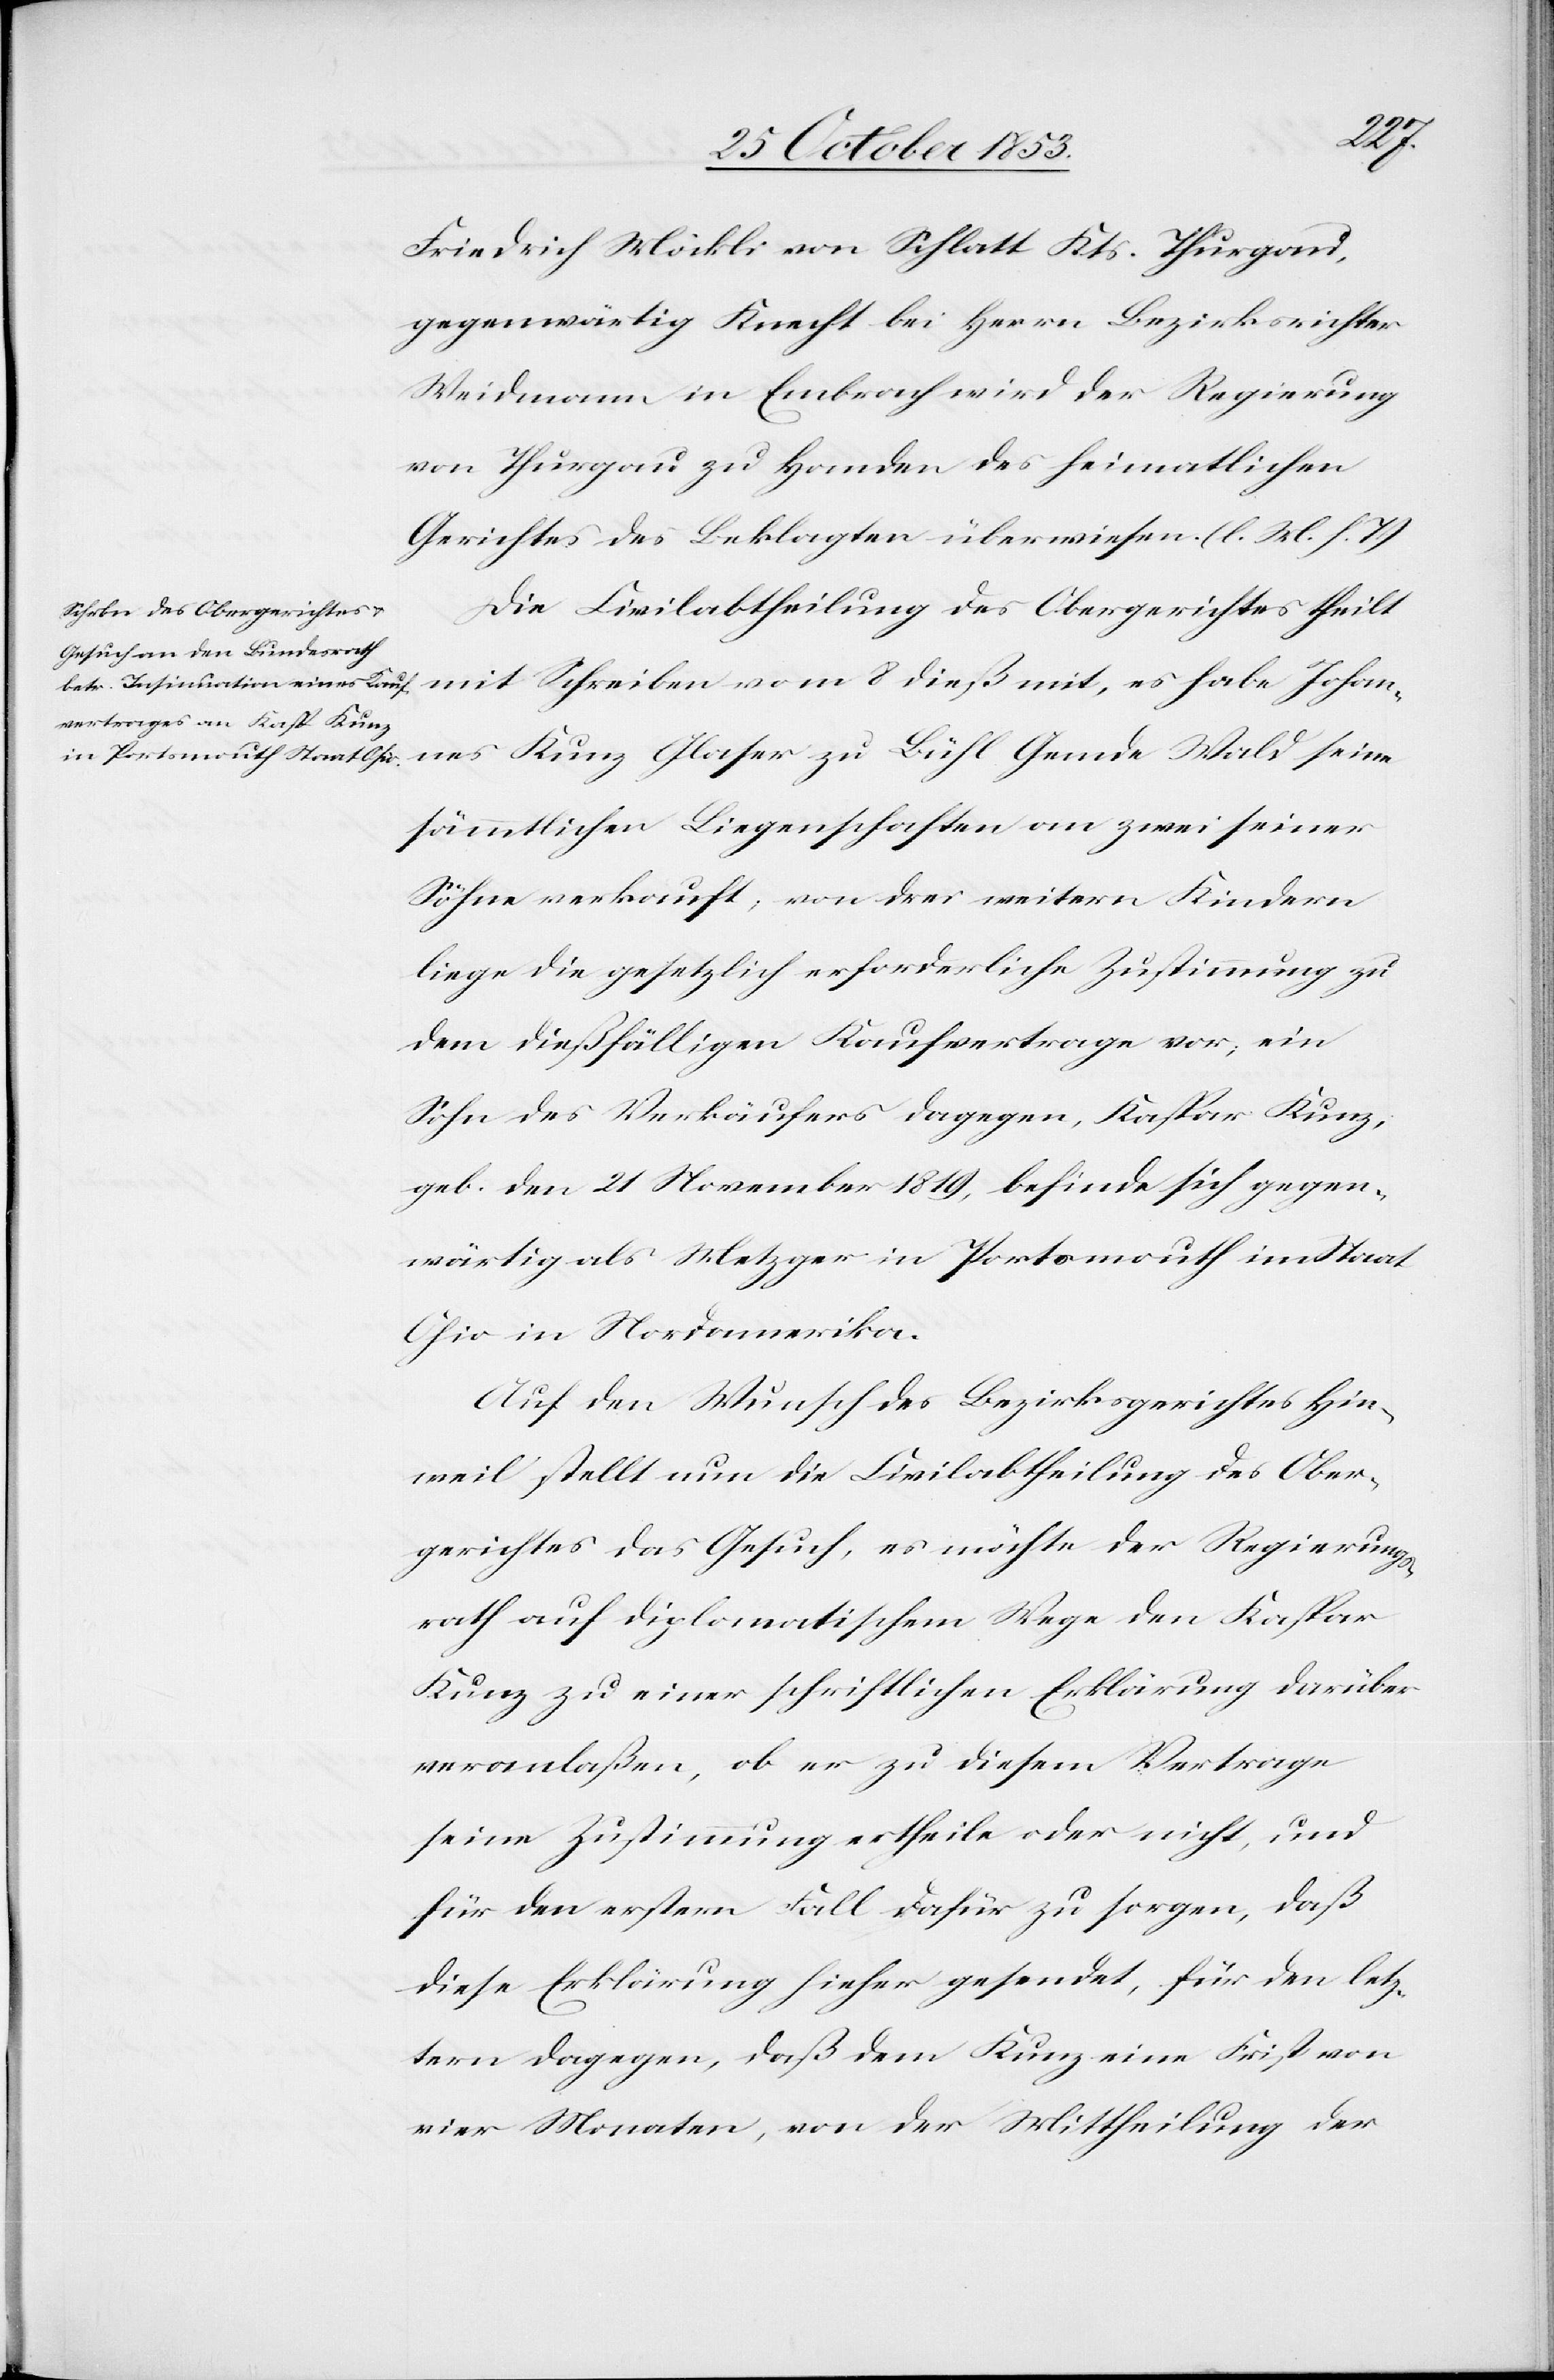
Friedrich Möckli von Schlatt Kts. Thurgau,
gegenwärtig Knecht bei Herrn Bezirksrichter
Weidmann in Embrach wird der Regierung
von Thurgau zu Handen des heimatlichen
Gerichtes des Beklagten überwiesen. [l. M. h. T]
Die Civilabtheilung des Obergerichtes theilt
mit Schreiben vom 8 dieß mit, es habe Johan¬
nes Kunz Glaser zu Bühl Gemde Wald seinen
sämmtlichen Liegenschaften an zwei seiner
Söhne verkauft, von drei weitern Kindern
liege die gesetzlich erforderliche Zustimmung zu
dem dießfälligen Kaufvertrage vor; ein
Sohn des Verkäufers dagegen, Kaspar Kunz,
geb. den 21 November 1819, befinde sich gegen¬
wärtig als Metzger in Portomauth im Staat
Ohio in Nordamerika.
Auf den Wunsch des Bezirksgerichtes Hin¬
weil stellt nun die Civilabtheilung des Ober¬
gerichtes das Gesuch, es möchte der Regierungs¬
rath auf diplomatischem Wege den Kaspar
Kunz zu einer schriftlichen Erklärung darüber
veranlaßen, ob er zu diesem Vertrage
seine Zustimmung ertheile oder nicht, und
für den erstern Fall dafür zu sorgen, daß
diese Erklärung hieher gesendet, für den letz¬
tern dagegen, daß dem Kunz eine Frist von
vier Monaten, von der Mittheilung der